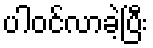
ပါဝင်လာခဲ့ပြီး